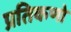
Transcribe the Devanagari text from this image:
प्रतिकणो